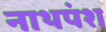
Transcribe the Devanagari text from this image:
नाथपंश